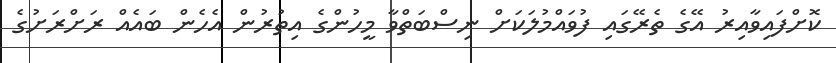
ކޮށްފައިވާއިރު އޭގެ ތެރޭގައި ފުވައްމުލަކަށް ނިސްބަތްވާ މީހުންގެ އިތުރުން އެހެން ބައެއް ރަށްރަށުގެ